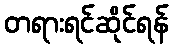
တရားရင်ဆိုင်ရန်